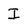
Character: I